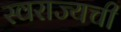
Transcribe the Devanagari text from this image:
स्वराज्यची